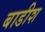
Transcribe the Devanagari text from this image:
बाडीश